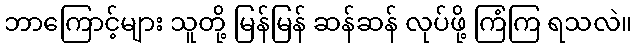
ဘာကြောင့်များ သူတို့ မြန်မြန် ဆန်ဆန် လုပ်ဖို့ ကြံကြ ရသလဲ။